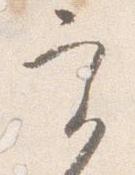
実